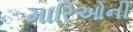
મારિઓની